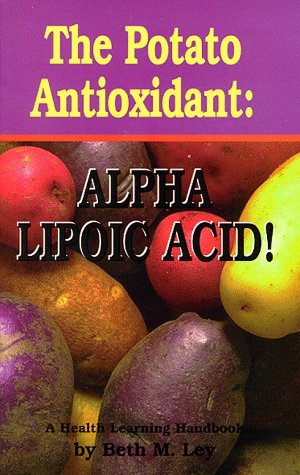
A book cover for The Potato Antioxidant: Alpha Lipoic Acid : A Health Learning Handbook; Beth M. Ley; Health, Fitness & Dieting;